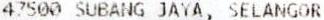
47500 SUBANG JAYA, SELANGOR